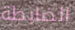
الضابطة